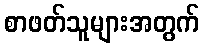
စာဖတ်သူများအတွက်